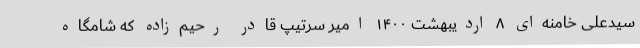
سیّدعلی خامنه‌ای ۸ اردیبهشت ۱۴۰۰ امیر سرتیپ قادر رحیم‌زاده که شامگاه